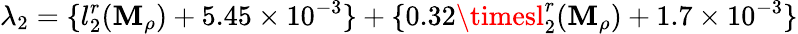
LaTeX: \lambda_{2}=\{ l_{2}^{r}(\mathbf{M}_{\rho})+5.45\times10^{-3}\} +\{ 0.32\timesl_{2}^{r}(\mathbf{M}_{\rho})+1.7\times10^{-3}\}